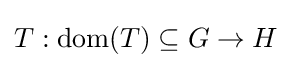
T:\operatorname {dom} (T)\subseteq G\to H